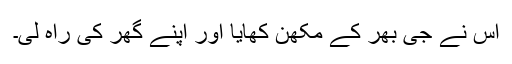
اس نے جی بھر کے مکھّن کھایا اور اپنے گھر کی راہ لی۔